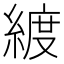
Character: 𦂀